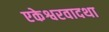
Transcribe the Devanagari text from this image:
एकेश्वरवादथा